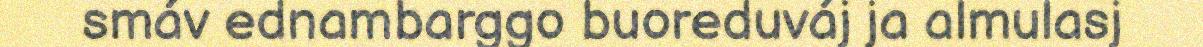
smáv ednambarggo buoreduváj ja almulasj